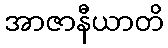
အာဇာနီယာတိ